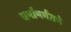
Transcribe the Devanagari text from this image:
वर्षापर्यंतचे